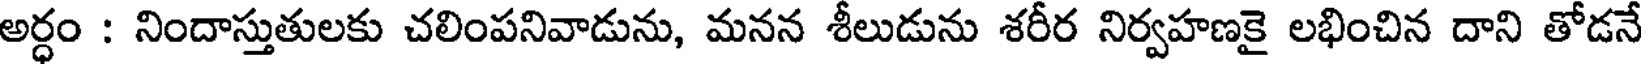
అర్ధం : నిందాస్తుతులకు చలింపనివాడును, మనన శీలుడును శరీర నిర్వహణకై లభించిన దాని తోడనే